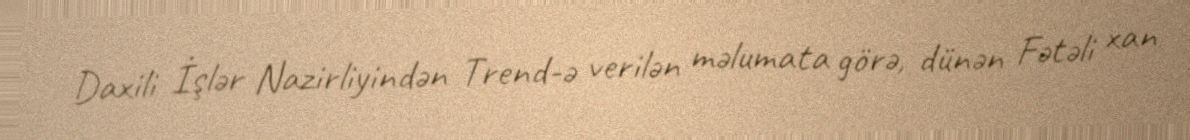
Daxili İşlər Nazirliyindən Trend-ə verilən məlumata görə, dünən Fətəli xan